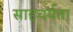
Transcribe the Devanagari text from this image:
साहचर्यता